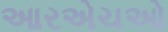
આરએચઓ